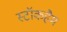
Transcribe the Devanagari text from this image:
स्टॉकहैम